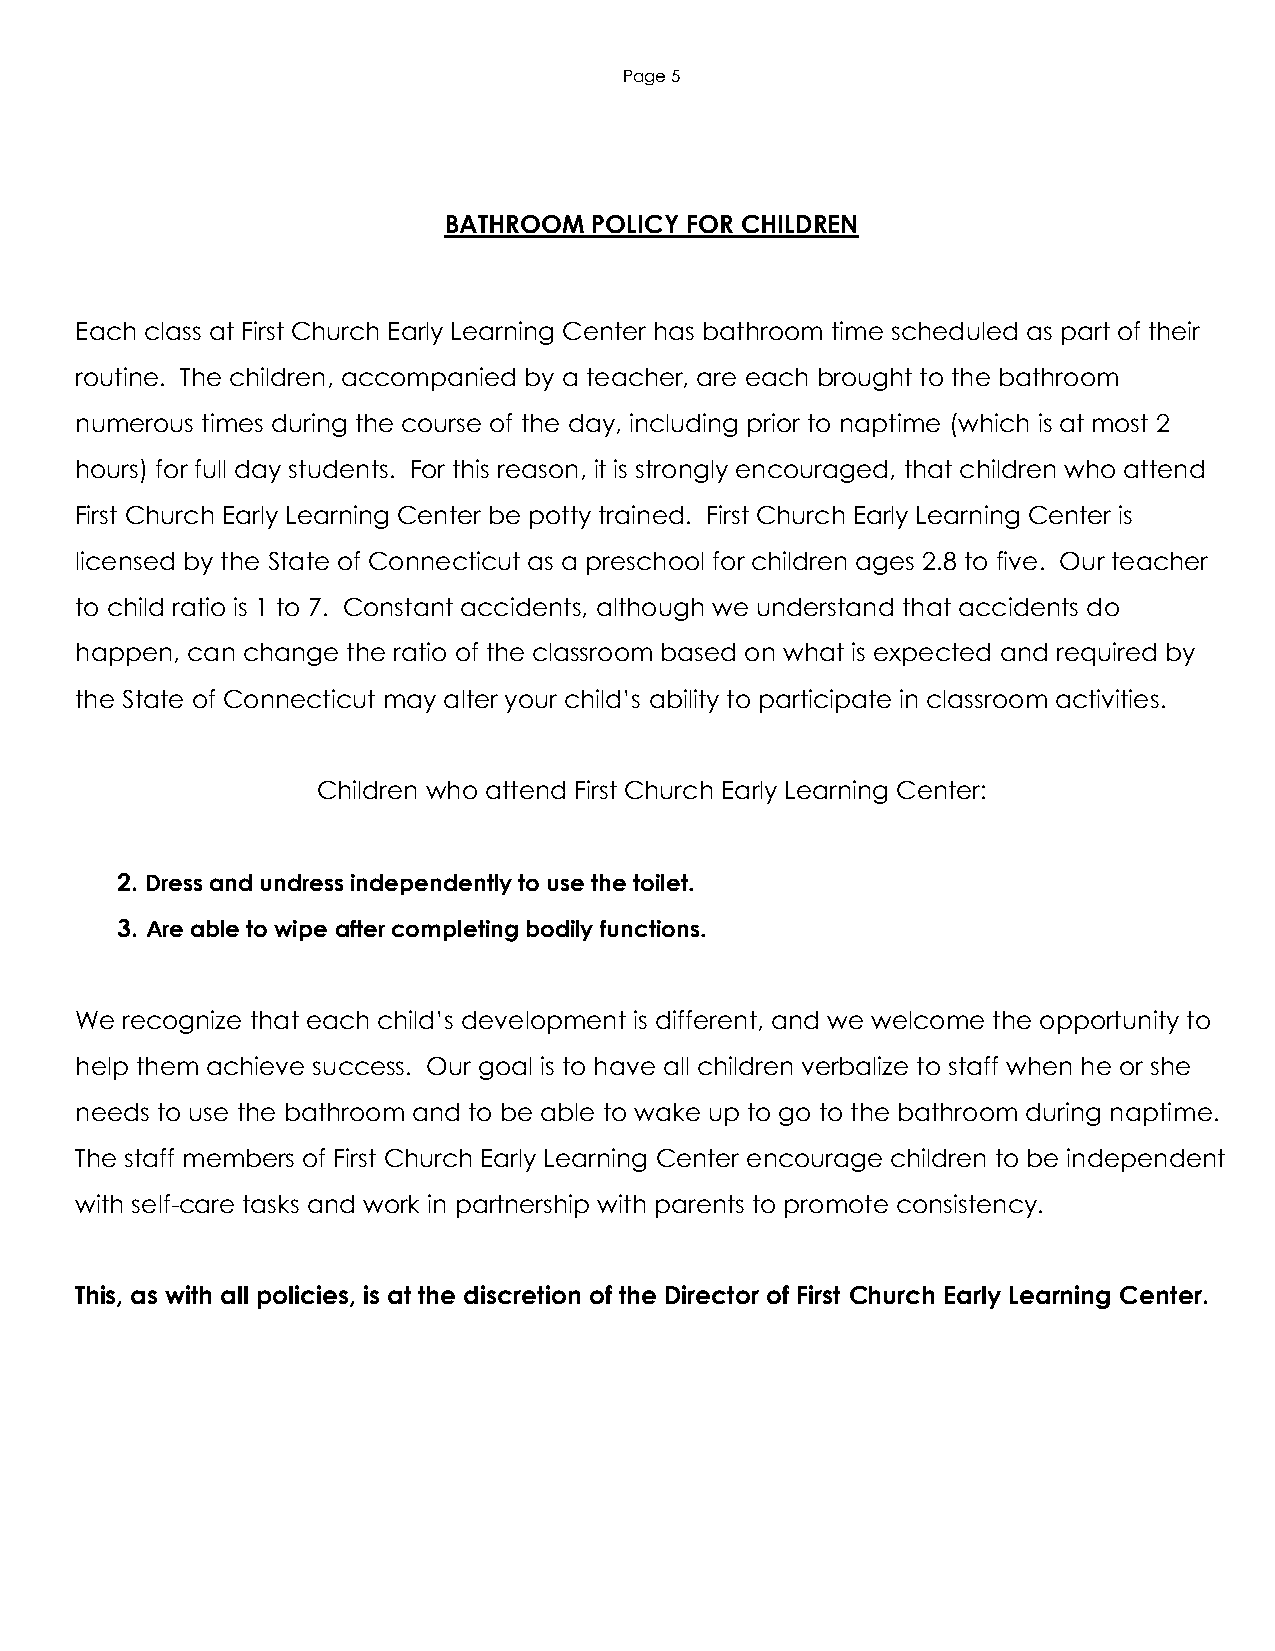
Page 5
 BATHROOM  POLICY FOR CHILDREN
 Each class at First Church Early Learning Center has bathroom time scheduled as part of their
 routine. The children, accompanied by a teacher, are each brought to the bathroom
 numerous times during the course of the day, including prior to naptime (which is at most 2
 hours) for full day students. For this reason, it is strongly encouraged, that children who attend
 First Church Early Learning Center be potty trained. First Church Early Learning Center is
 licensed by the State of Connecticut as a preschool for children ages 2.8 to five. Our teacher
 to child ratio is 1 to 7. Constant accidents, although we understand that accidents do
 happen, can change the ratio of the classroom based on what is expected and required by
 the State of Connecticut may alter your child’s ability to participate in classroom activities.
 Children who attend First Church Early Learning Center:
 2. Dress and undress independently to use the toilet.
 3. Are able to wipe after completing bodily functions.
 We recognize that each child’s development is different, and we welcome the opportunity to
 help them achieve success. Our goal is to have all children verbalize to staff when he or she
 needs to use the bathroom and to be able to wake up to go to the bathroom during naptime.
 The staff members of First Church Early Learning Center encourage children to be independent
 with self-care tasks and work in partnership with parents to promote consistency.
 This, as with all policies, is at the discretion of the Director of First Church Early Learning Center.